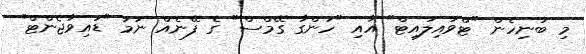
މި ބުނިހެން "ޓްވައިލައިޓް" އާއި "ހަންގާ ގޭމްސް" ގެ ފޭނެއް ނަމަ "ޑައިވާޖެންޓް"